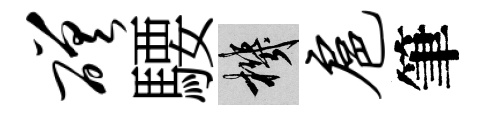
磋騕機扈筆